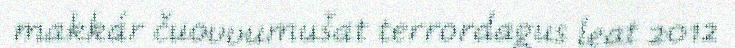
makkár čuovvumušat terrordagus leat 2012